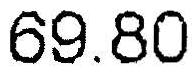
69.80